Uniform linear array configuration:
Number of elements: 48
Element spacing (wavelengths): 0.75
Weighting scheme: exponential
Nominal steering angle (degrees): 30
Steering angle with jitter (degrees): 30.527
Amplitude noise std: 0.05
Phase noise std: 0.05

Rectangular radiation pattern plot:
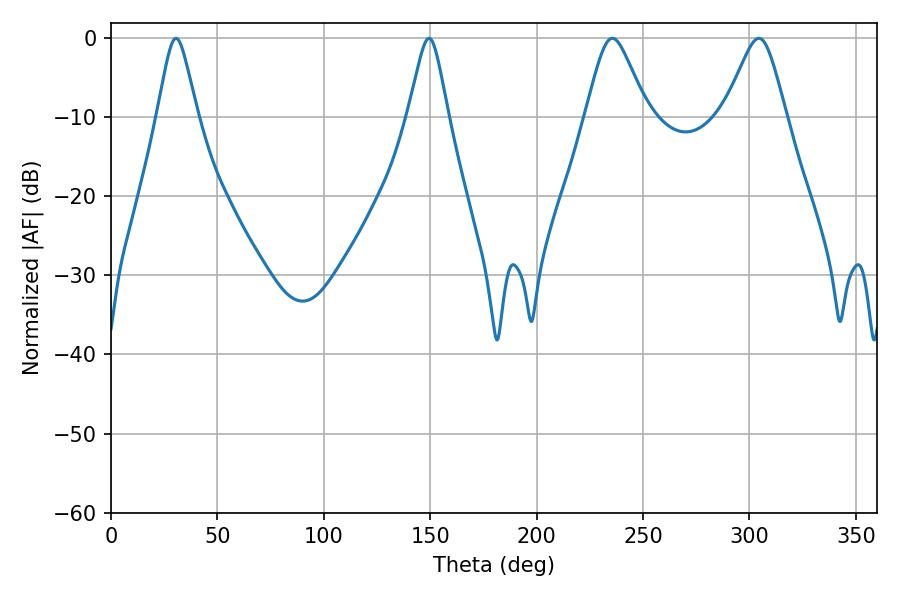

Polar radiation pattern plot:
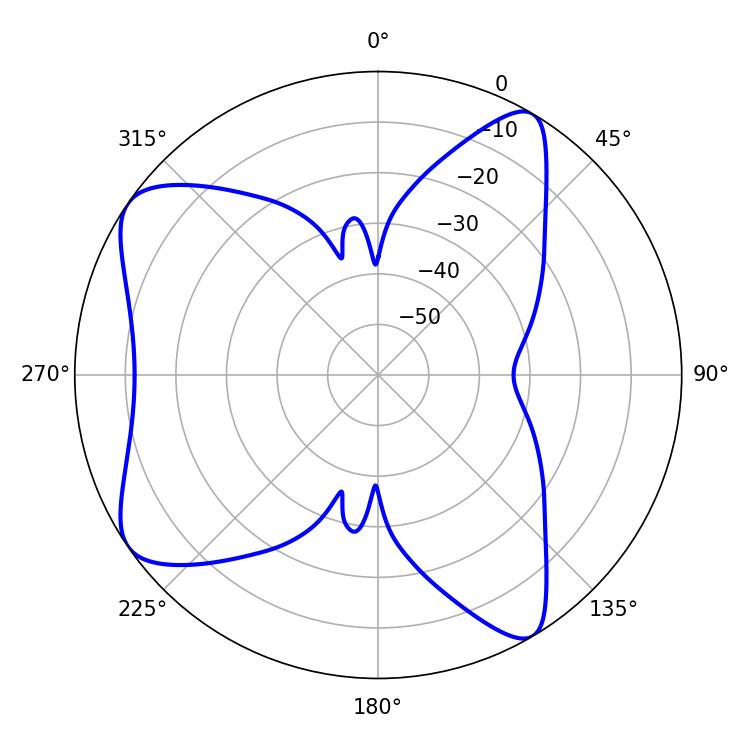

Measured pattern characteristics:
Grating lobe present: TRUE
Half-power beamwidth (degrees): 14.04
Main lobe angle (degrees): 235.62